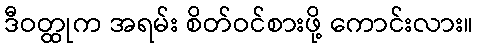
ဒီဝတ္ထုက အရမ်း စိတ်ဝင်စားဖို့ ကောင်းလား။